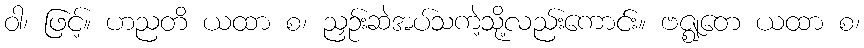
ဝါ၊ ဖြင့်။ ဟညတိ ယထာ စ၊ ညှဉ်းဆဲအပ်သကဲ့သို့လည်းကောင်း။ ဗဇ္ဈတေ ယထာ စ၊